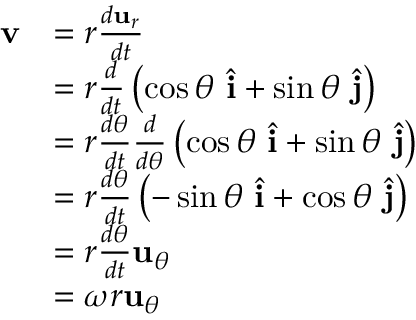
{ \begin{array} { r l } { \mathbf { v } } & { = r { \frac { d \mathbf { u } _ { r } } { d t } } } \\ & { = r { \frac { d } { d t } } \left( \cos \theta \ { \hat { \mathbf { i } } } + \sin \theta \ { \hat { \mathbf { j } } } \right) } \\ & { = r { \frac { d \theta } { d t } } { \frac { d } { d \theta } } \left( \cos \theta \ { \hat { \mathbf { i } } } + \sin \theta \ { \hat { \mathbf { j } } } \right) } \\ & { = r { \frac { d \theta } { d t } } \left( - \sin \theta \ { \hat { \mathbf { i } } } + \cos \theta \ { \hat { \mathbf { j } } } \right) } \\ & { = r { \frac { d \theta } { d t } } \mathbf { u } _ { \theta } } \\ & { = \omega r \mathbf { u } _ { \theta } } \end{array} }